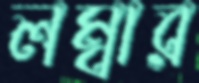
লম্বার